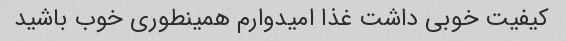
کیفیت خوبی داشت غذا امیدوارم همینطوری خوب باشید